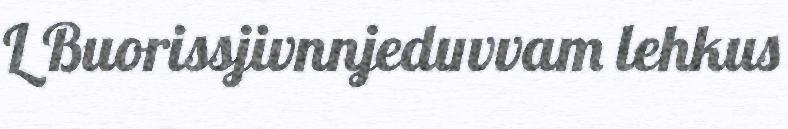
L Buorissjivnnjeduvvam lehkus